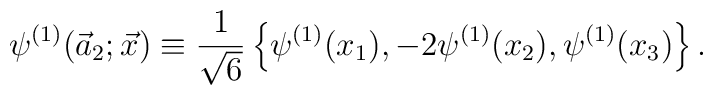
\psi^{(1)}(\vec{a}_2;\vec{x}) \equiv{1\over{\sqrt{6}}}\left\{\psi^{(1)}(x_1), -2\psi^{(1)}(x_2),\psi^{(1)}(x_3) \right\}.